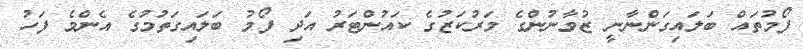
ފޯމުތައް ބަލައިގަންނާނީ ޒުވާނުންގެ މަރުކަޒުގެ ކައުންޓަރު އަދި ފޯމު ބަލައިގަތުމުގެ އެންމެ ފަހު